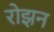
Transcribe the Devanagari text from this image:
रोझन